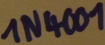
Text: 1N4001